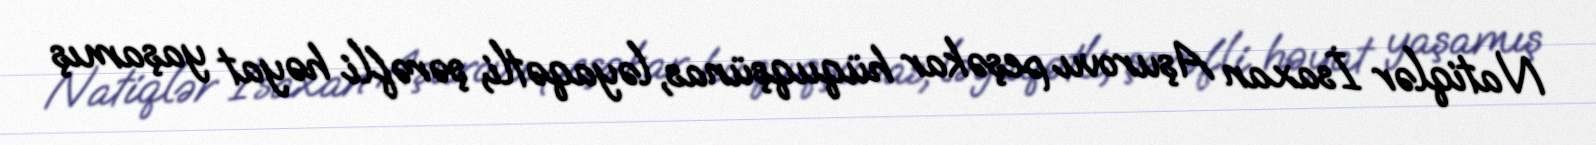
Natiqlər İsaxan Aşurovu peşəkar hüquqşünas, ləyaqətli, şərəfli həyat yaşamış